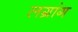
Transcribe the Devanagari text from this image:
लग्रांग